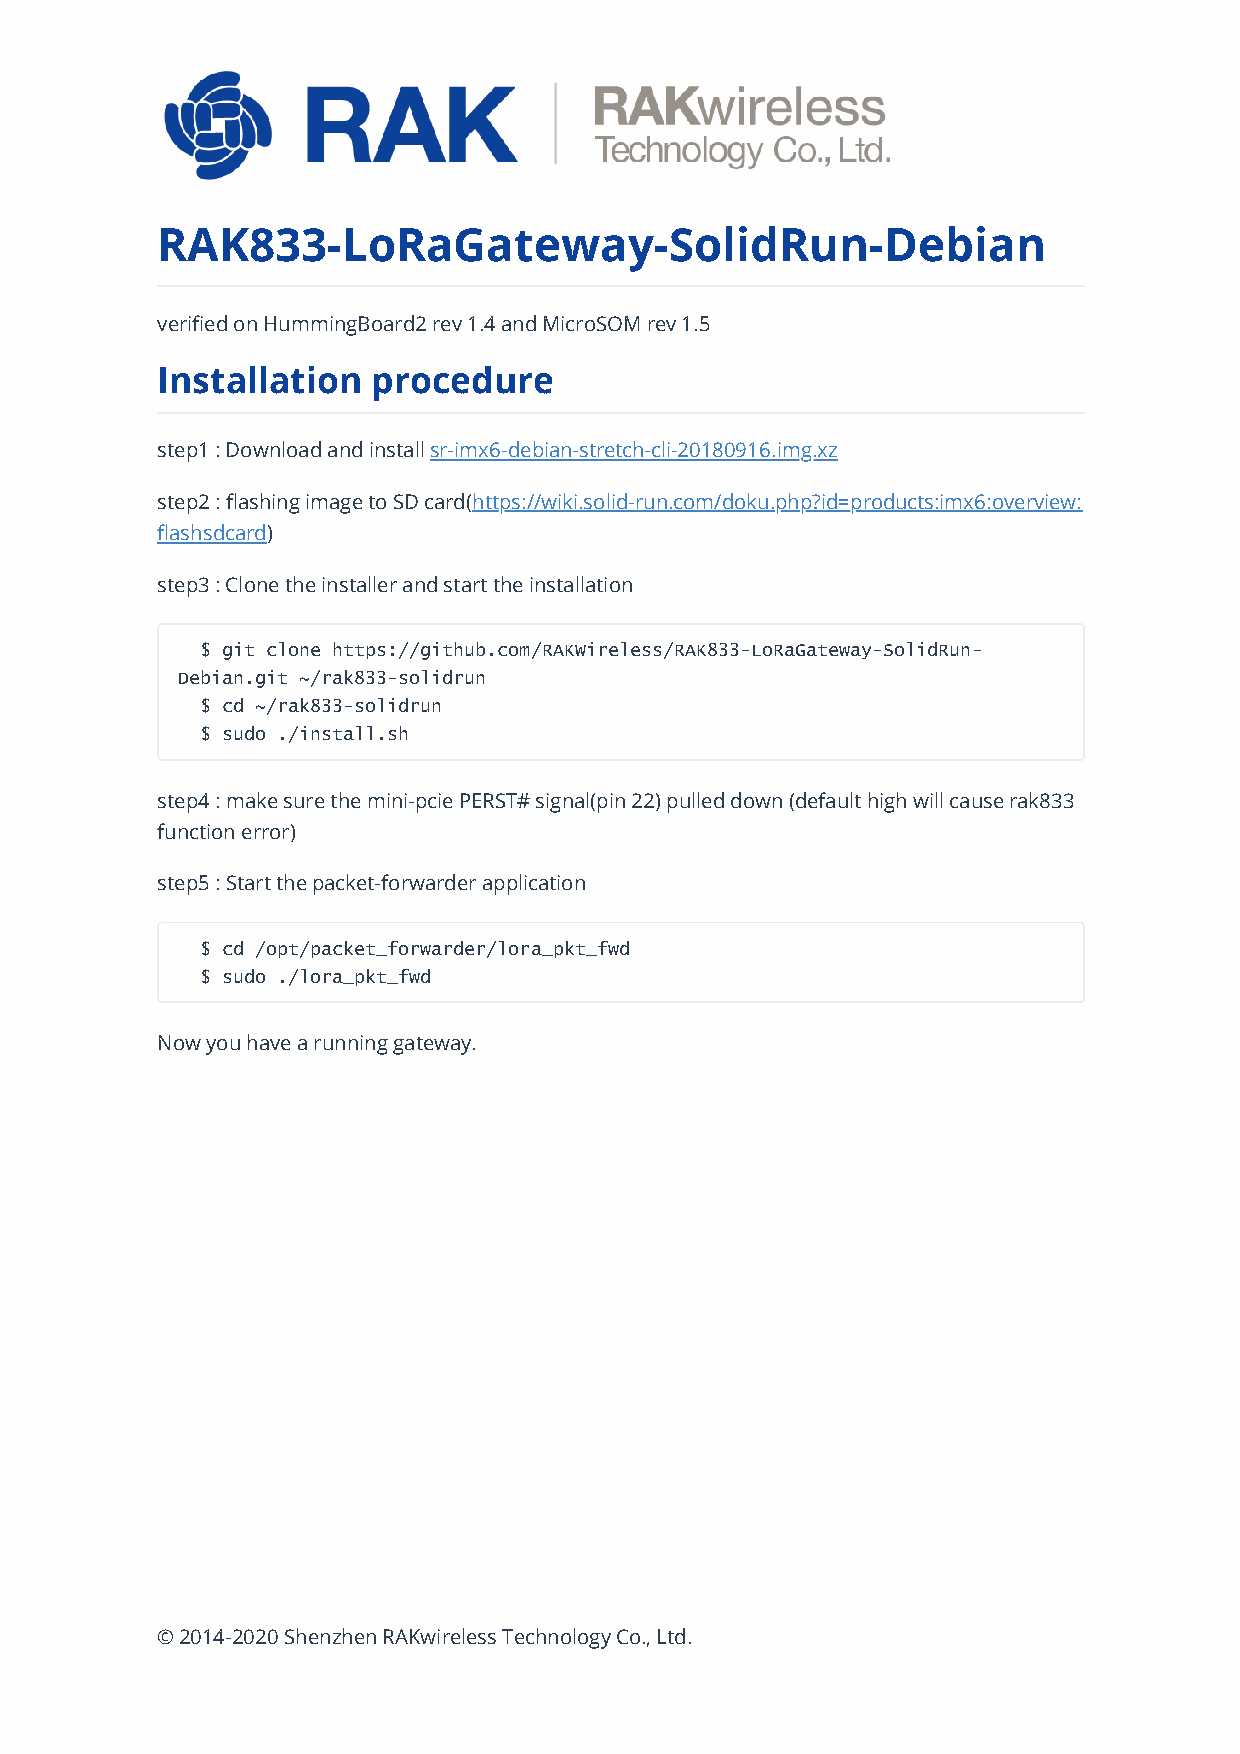
RAK833-LoRaGateway-SolidRun-Debian
 verified on HummingBoard2 rev 1.4 and MicroSOM rev 1.5
 Installation   procedure
 step1 : Download and install sr-imx6-debian-stretch-cli-20180916.img.xz
 step2 : flashing image to SD card(https://wiki.solid-run.com/doku.php?id=products:imx6:overview:
 flashsdcard)
 step3 : Clone the installer and start the installation
 $ git clone https://github.com/RAKWireless/RAK833-LoRaGateway-SolidRun-
 Debian.git ~/rak833-solidrun
 $ cd ~/rak833-solidrun
 $ sudo ./install.sh
 step4 : make sure the mini-pcie PERST# signal(pin 22) pulled down (default high will cause rak833
 function error)
 step5 : Start the packet-forwarder application
 $ cd /opt/packet_forwarder/lora_pkt_fwd
 $ sudo ./lora_pkt_fwd
 Now you have a running gateway.
 © 2014-2020 Shenzhen RAKwireless Technology Co., Ltd.